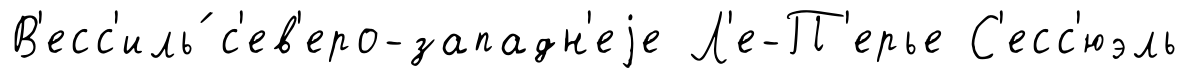
В'есс'иль́ с'ев'еро-западн'еjе Л'е-П'ерье С'есс'юэль